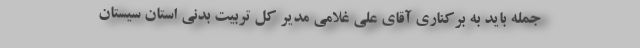
جمله باید به برکناری آقای علی غلامی مدیر کل تربیت بدنی استان سیستان